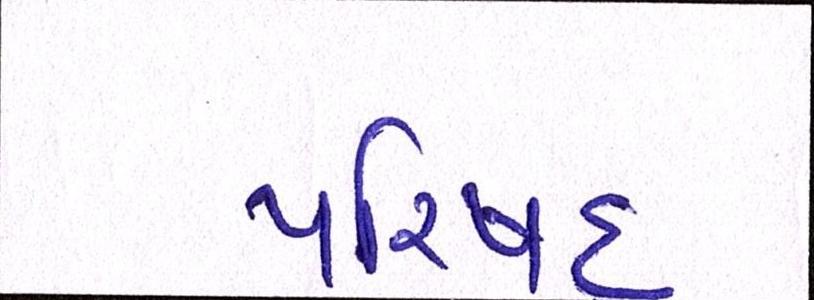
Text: પરિષદ